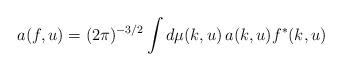
LaTeX: \begin{align*}a(f, u) = (2 \pi)^{-3/2} \int d\mu(k, u)\, a(k, u) f^*(k, u)\end{align*}